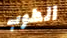
الطوب